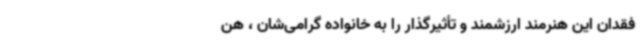
فقدان این هنرمند ارزشمند و تأثیرگذار را به خانواده گرامی‌شان ، هن